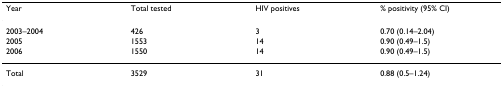
<table><thead><tr><td><b>Year</b></td><td><b>Total tested</b></td><td><b>HIV positives</b></td><td><b>% positivity (95% CI)</b></td></tr></thead><tbody><tr><td>2003–2004</td><td>426</td><td>3</td><td>0.70 (0.14–2.04)</td></tr><tr><td>2005</td><td>1553</td><td>14</td><td>0.90 (0.49–1.5)</td></tr><tr><td>2006</td><td>1550</td><td>14</td><td>0.90 (0.49–1.5)</td></tr><tr><td>Total</td><td>3529</td><td>31</td><td>0.88 (0.5–1.24)</td></tr></tbody></table>